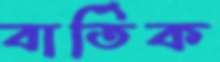
বার্তিক